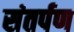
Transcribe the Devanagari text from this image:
संतर्पण